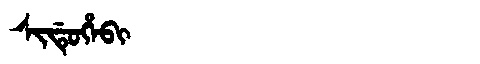
Manchu: ᠰᡳᡩᡠᡥᡝᠪᡳ
Romanization: SIDUHEBI